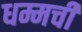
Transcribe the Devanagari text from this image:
धम्मची